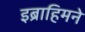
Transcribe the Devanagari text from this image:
इब्राहिमने